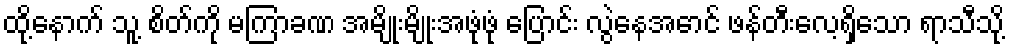
ထို့နောက် သူ့ စိတ်ကို မကြာခဏ အမျိုးမျိုးအဖုံဖုံ ပြောင်း လွဲနေအောင် ဖန်တီးလေ့ရှိသော ရာသီသို့